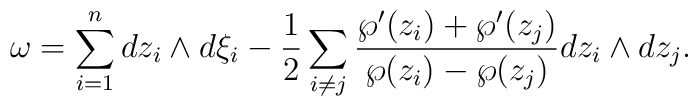
\omega=\sum_{i=1}^n dz_i\wedge d\xi_i-\frac{1}{2}\sum_{i\ne j}\frac{\wp'(z_{i})+\wp'(z_{j})}{\wp(z_{i})-\wp(z_{j})}dz_i\wedge dz_j .